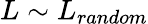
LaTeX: L\sim L_{random}